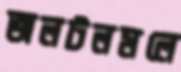
জলটলমলে